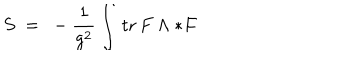
S \ = \ - \frac { 1 } { g ^ { 2 } } \int \! \; \textrm { t r } \, F \wedge * F